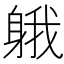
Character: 𨉐